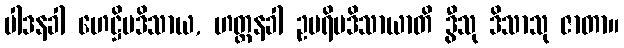
ပါဒနခါ ဟေဋ္ဌိမဒိသာယ, ဟတ္ထနခါ ဥပရိမဒိသာယာတိ ဒွီသု ဒိသာသု ဇာတာ။